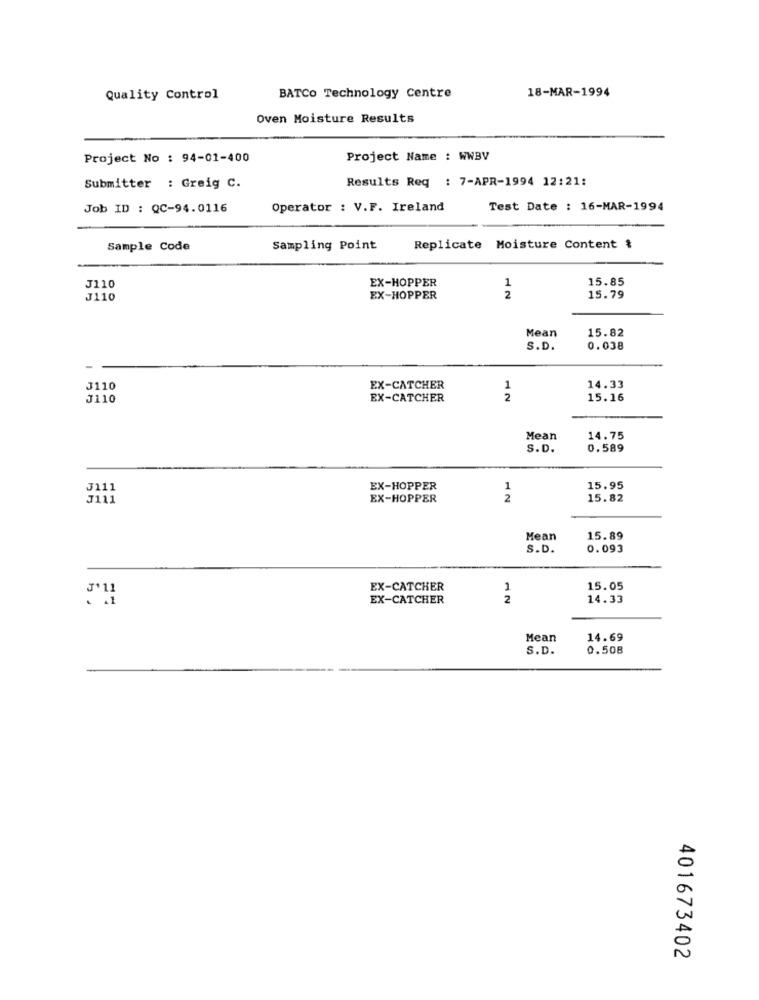
18-MAR-1994
Quality Control
BATCO Technology Centre
Oven Moisture Results
Project No : 94-01-400
Project Name : WWBV
Results Req : 7-APR-1994 12:21:
Submitter : Greig C.
Job ID : QC-94.0116
Operator : V.F. Ireland
Test Date : 16-MAR-1994
Sample Code
Sampling Point
Replicate Moisture Content &
EX-HOPPER
15.85
J110
1
J110
EX-HOPPER
2
15.79
Mean
15.82
S.D.
0.038
J110
EX-CATCHER
1
14.33
J110
EX-CATCHER
2
15.16
Mean
14.75
S.D.
0.589
J111
EX-HOPPER
1
15.95
J111
EX-HOPPER
2
15.82
Mean
15.89
S.D.
0.093
J'11
EX-CATCHER
15.05
EX-CATCHER
2
14.33
Mear
14.69
S.D.
0.508
401673402